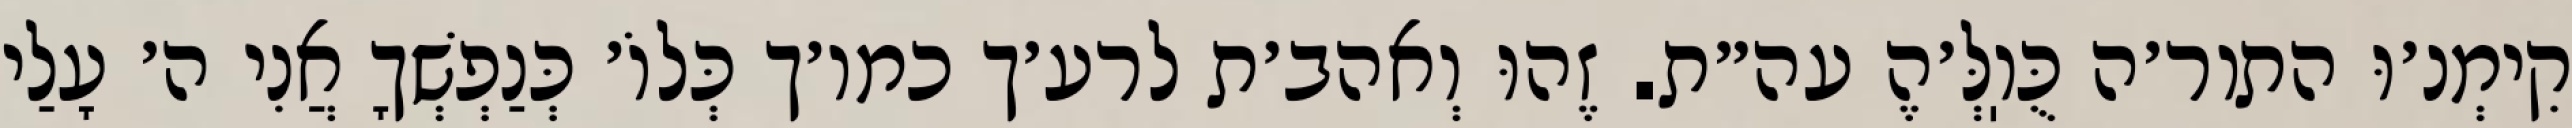
קִימְנ׳וּ התור׳ה כֻּוֽלְּ׳הֶ עה״ת. זֶהוּ וְאהב׳ת לרע׳ך כמו׳ך כְּלוֹ׳ כְּנַפְשְׁךָ אֲנִי ה׳ עָלַי